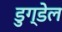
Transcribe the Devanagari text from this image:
डुग्डेल